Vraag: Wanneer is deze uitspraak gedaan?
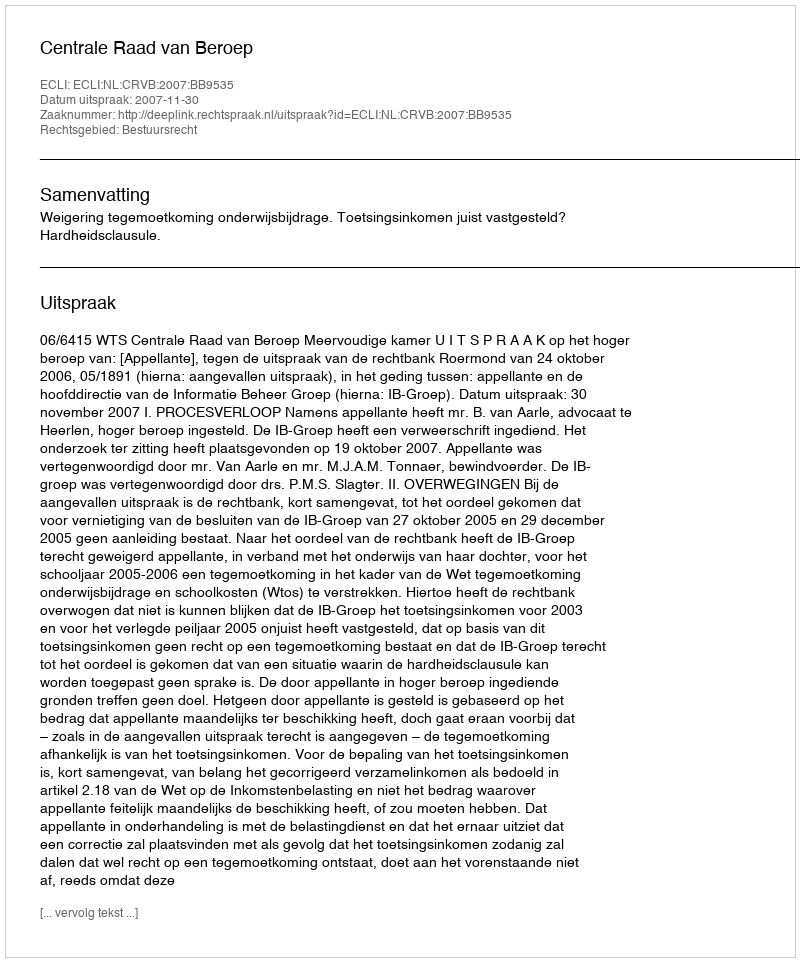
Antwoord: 2007-11-30